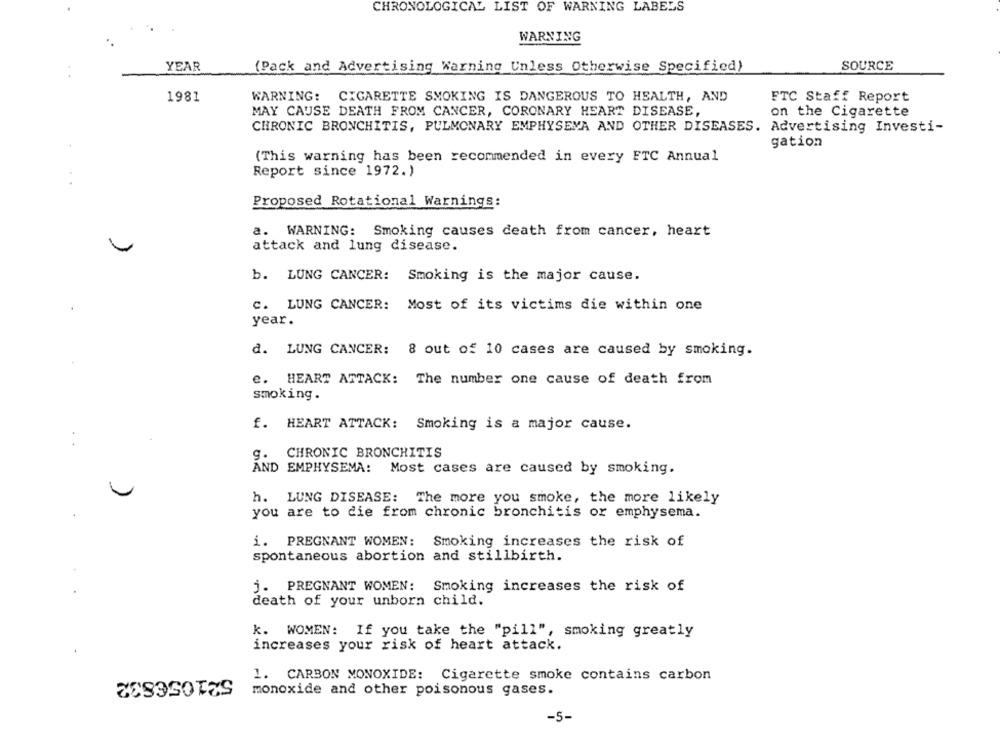
CHRONOLOGICAL LIST OF WARNING LABELS
WARNING
YEAR
(Pack and Advertising Warning Unless Otherwise Specified)
SOURCE
1981
WARNING: CIGARETTE SMOKING IS DANGEROUS TO HEALTH, AND
FTC Staff Report
MAY CAUSE DEATH FROM CANCER, CORONARY HEART DISEASE,
on the Cigarette
CHRONIC BRONCHITIS, PULMONARY EMPHYSEMA AND OTHER DISEASES. Advertising Investi-
gation
(This warning has been recommended in every FTC Annual
Report since 1972.)
Proposed Rotational Warnings:
a. WARNING: Smoking causes death from cancer, heart
attack and lung disease.
b. LUNG CANCER: Smoking is the major cause.
C. LUNG CANCER: Most of its victims die within one
year.
d. LUNG CANCER: 8 out of 10 cases are caused by smoking.
e. HEART ATTACK: The number one cause of death from
smoking.
f. HEART ATTACK: Smoking is a major cause.
CHRONIC BRONCHITIS
AND EMPHYSEMA: Most cases are caused by smoking.
h. LUNG DISEASE: The more you smoke, the more likely
you are to die from chronic bronchitis or emphysema.
i. PREGNANT WOMEN: Smoking increases the risk of
spontaneous abortion and stillbirth.
j. PREGNANT WOMEN: Smoking increases the risk of
death of your unborn child.
k. WOMEN: If you take the "pill", smoking greatly
increases your risk of heart attack.
521056832
1. CARBON MONOXIDE: Cigarette smoke contains carbon
monoxide and other poisonous gases.
-5-